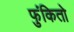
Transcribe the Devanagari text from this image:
फुंकितो